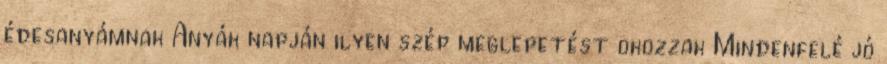
édesanyámnak Anyák napján ilyen szép meglepetést okozzak Mindenfelé jó